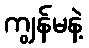
ကျွန်မနဲ့